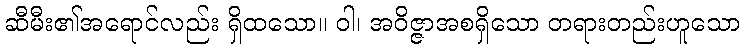
ဆီမီး၏အရောင်လည်း ရှိထသော။ ဝါ၊ အဝိဇ္ဇာအစရှိသော တရားတည်းဟူသော